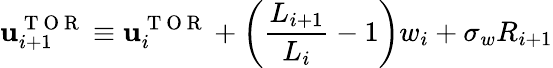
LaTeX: \mathbf{u}_{i+1}^{\mathrm{{~T~O~R~}}}\equiv\mathbf{u}_{i}^{\mathrm{{~T~O~R~}}}+\bigg(\frac{{L_{i+1}}}{{L_{i}}}-1\bigg)w_{i}+\sigma_{w}R_{i+1}